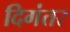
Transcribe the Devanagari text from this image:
दिगंतर